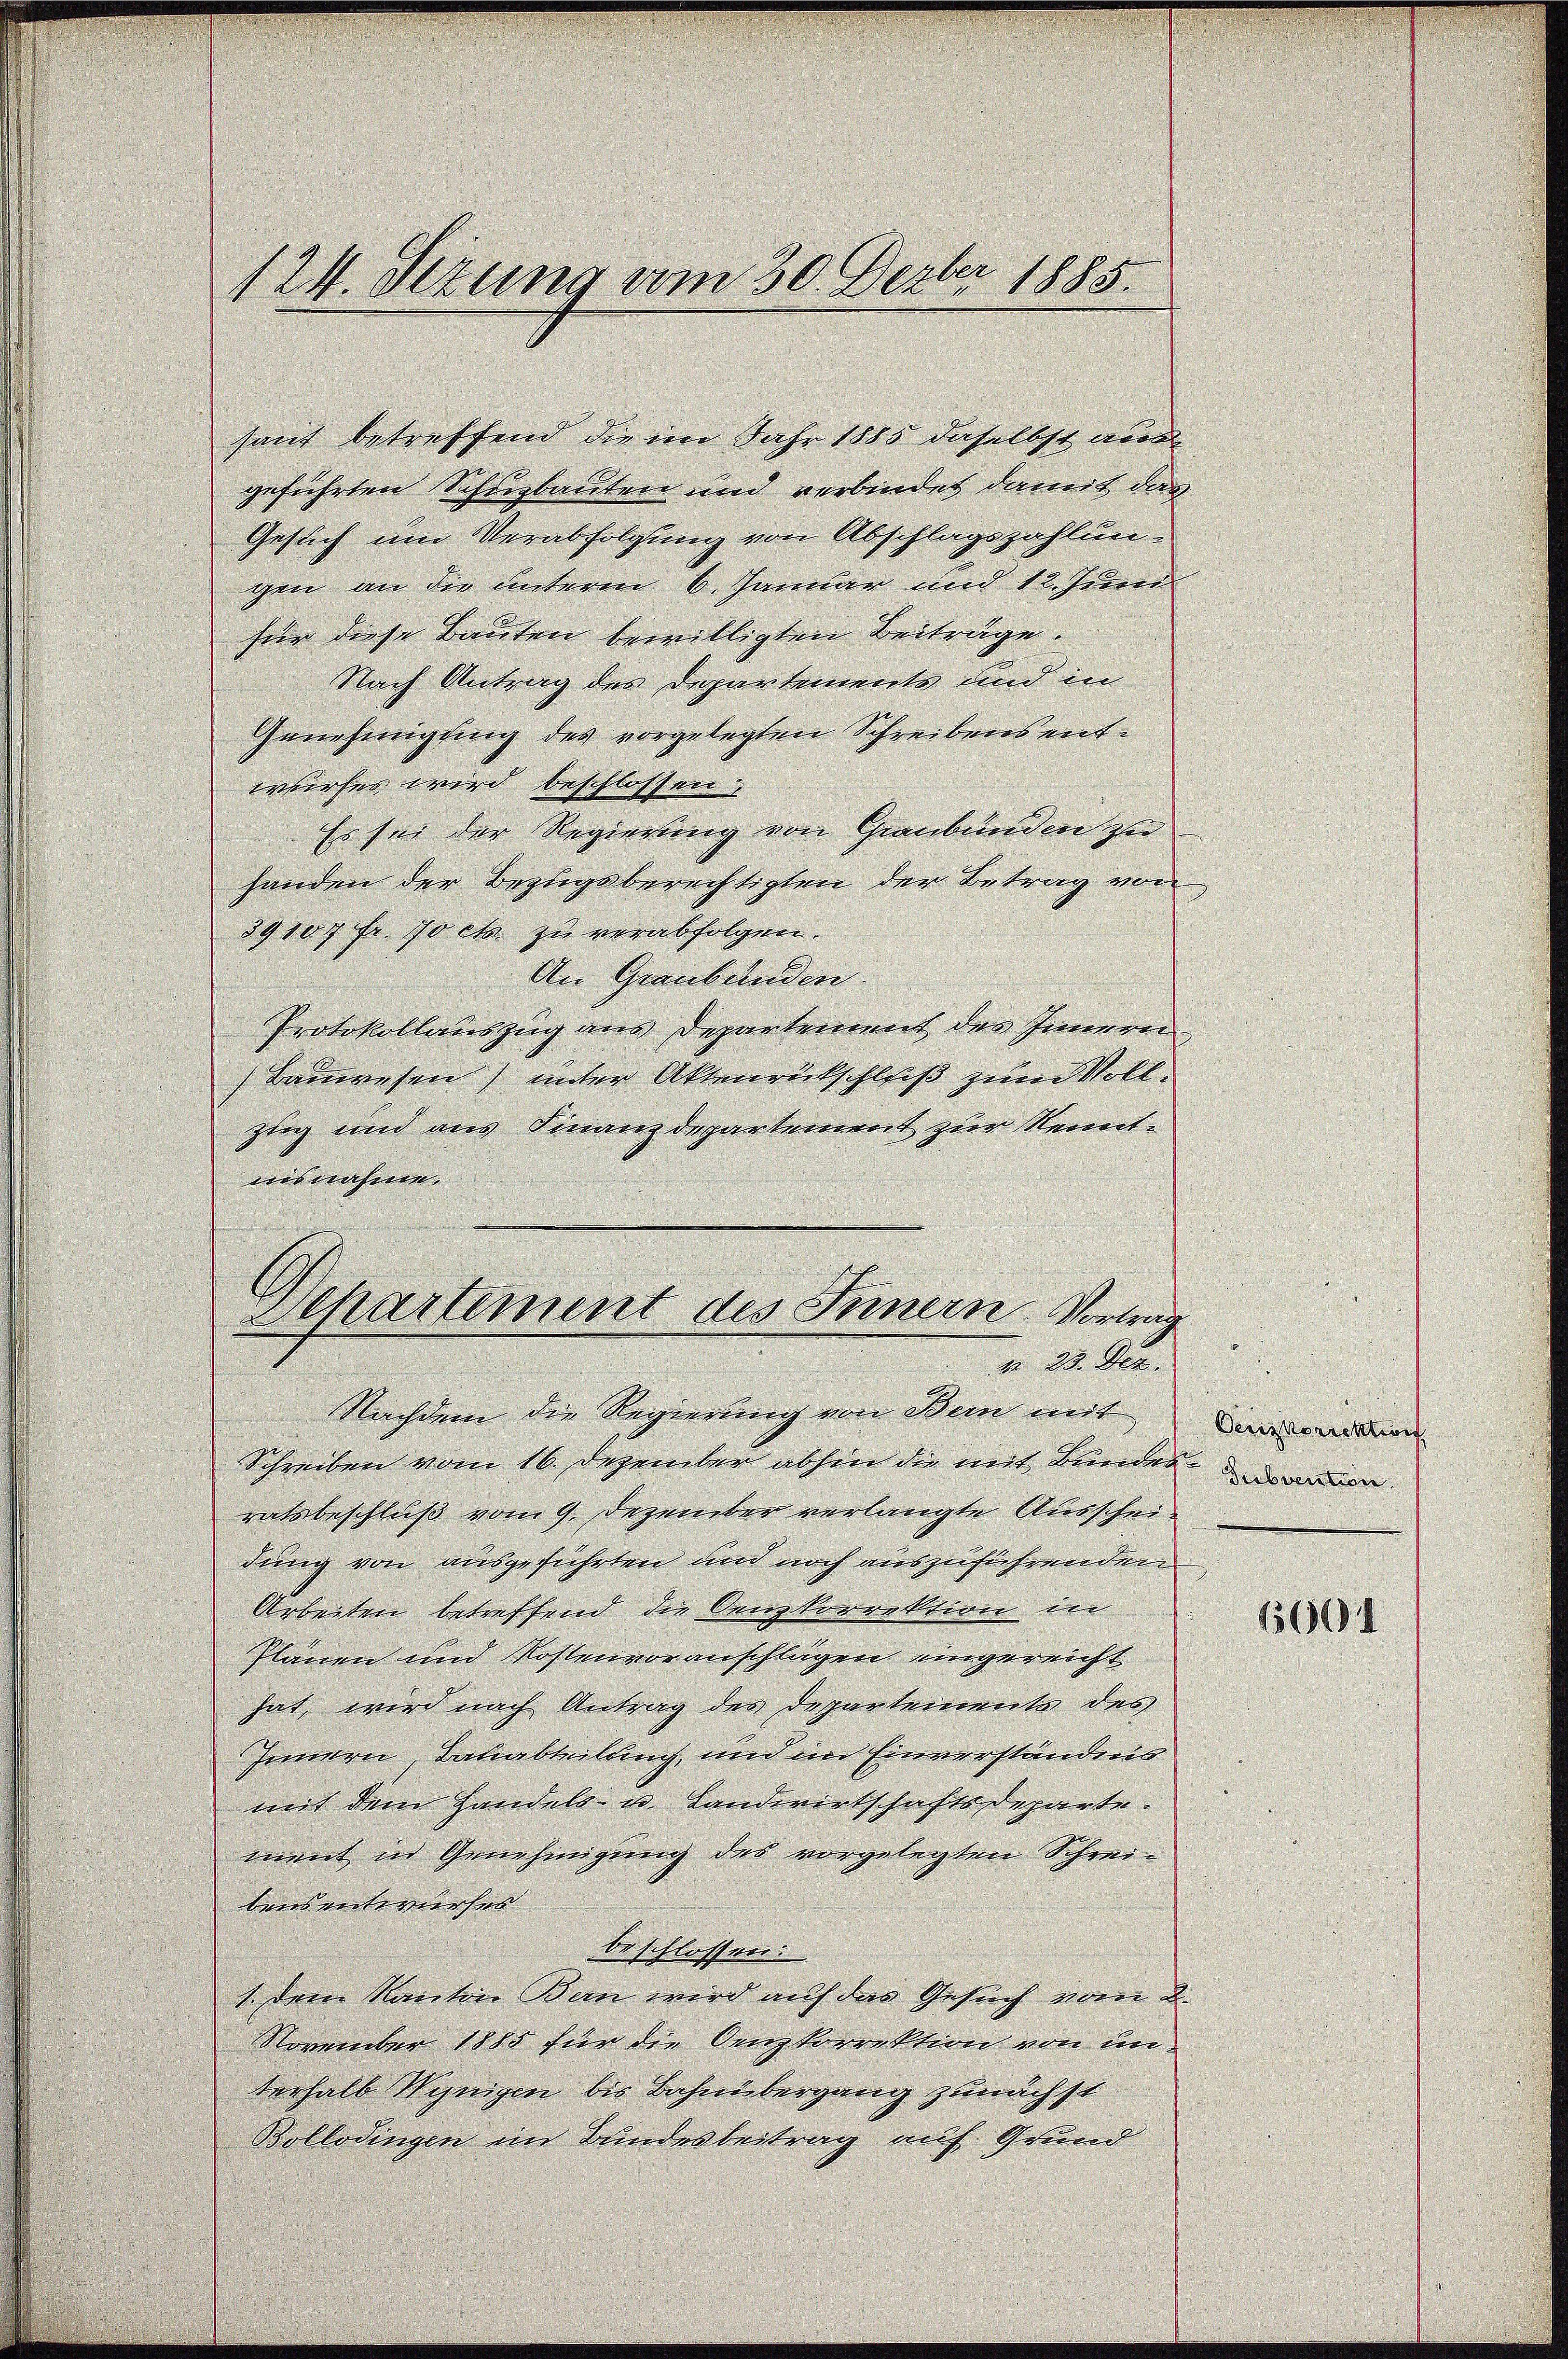
124. Sezung vom 30. Dezbr 1885.

haut betreffend die im Jahr 1885 daselbst aus
geführten Schuzbauten und verbindet damit das
Gesuch um Verabfolgung von Abschlagszahlungen an die unterm 6. Januar und 12. Juni
für diese Bauten bewilligten Beiträge.
Nach Antrag des Departemente und in
Genehmigung des vorgelegten Schreibens entwurfes wird beschlossen.
Es sei der Regierung von Graubünden zu
handen der Bezugsberechtigten der Betrag von
39100 fr. Jo etc. zu verabfolgen.
An Graubünden.
Protokollauszug aus Departement des Innern
Bauwesen) unter Aktenrütschluß zum Vollzug und aus Finanzdepartement zur Kenntnes nahme.
Separtement des Innern Vortrag
m 23. Dez.
Nachdem die Regierung von Bern mit
Schreiben vom 16. Dezember abhin die mit Bundes
ratsbeschluß vom 9. Dezember verlangte Ausscheidung von ausgeführten und noch auszuführenden
Arbeiten betreffend die Oenzkorrektion in
Planen und Kostenvoranschlagen eingereicht
hat, wird nach Antrag des Departements des
Innern Bauabteilung, und in Einverstandes
mit dem Handels- u. Landwirtschaftsdeparte.
ment in Genehmigung des vorgelegten Schreibens entwurfes
beschlossen:
1. Dem Kanton Bern wird auf das Gesuch vom 2.
November 1885 für die Oenzkorrektion von unterhalb Wynigen bis Bahnübergang zunächst
Bollodingen im Bundesbeitrag auf Grund

Oerskorrektion
Subvention.

1601